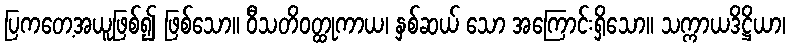
ပြကတေ့အယူဖြစ်၍ ဖြစ်သော။ ဝီသတိဝတ္ထုကာယ၊ နှစ်ဆယ် သော အကြောင်းရှိသော။ သက္ကာယဒိဋ္ဌိယာ၊